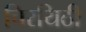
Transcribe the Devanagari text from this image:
चिरयिठी